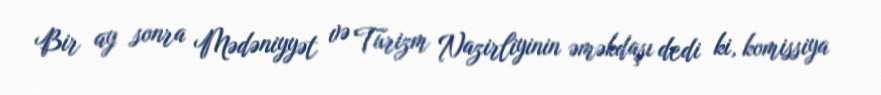
Bir ay sonra Mədəniyyət və Turizm Nazirliyinin əməkdaşı dedi ki, komissiya